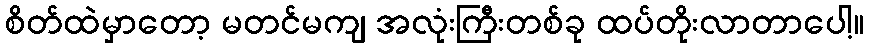
စိတ်ထဲမှာတော့ မတင်မကျ အလုံးကြီးတစ်ခု ထပ်တိုးလာတာပေါ့။